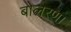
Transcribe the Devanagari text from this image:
बोलरणा